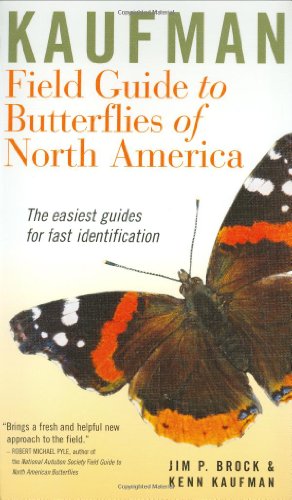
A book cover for Butterflies of North America (Kaufman Field Guides); Jim P. Brock; Science & Math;